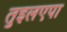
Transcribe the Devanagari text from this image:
तुइलएपा